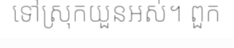
ទៅស្រុកយួនអស់។ ពួក